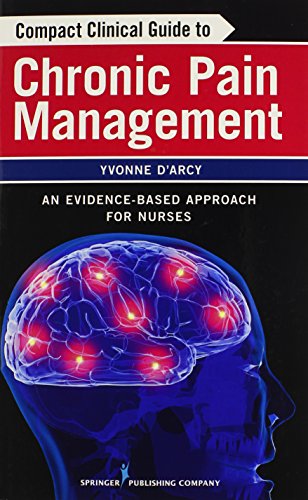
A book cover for Compact Clinical Guide to Chronic Pain Management: An Evidence-Based Approach for Nurses; Medical Books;